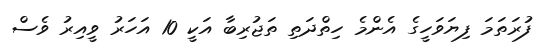
ފުރަތަމަ ފިޔަވަހީގެ އެންމެ ހިތްދަތި ތަޖުރިބާ އަކީ 10 އަހަރު ވީއިރު ވެސް